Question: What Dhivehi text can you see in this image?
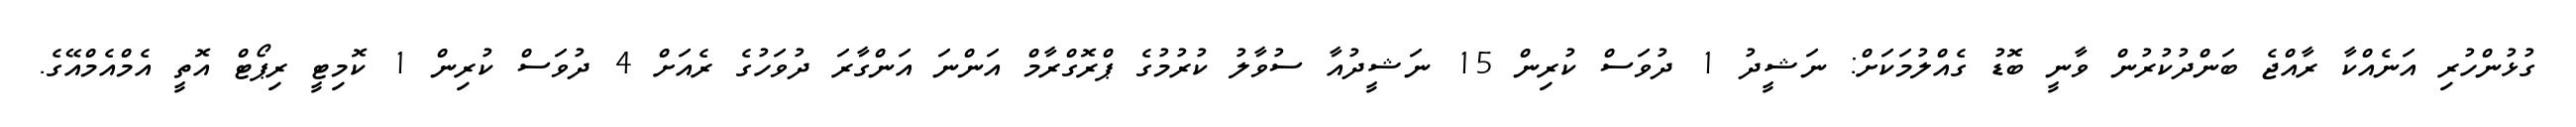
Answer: ގުޅުންހުރި އަނެއްކާ ރާއްޖެ ބަންދުކުރުން ވާނީ ބޮޑު ގެއްލުމަކަށް: ނަޝީދު 1 ދުވަސް ކުރިން 15 ނަޝީދުއާ ސުވާލު ކުރުމުގެ ޕްރޮގްރާމް އަންނަ އަންގާރަ ދުވަހުގެ ރެއަށް 4 ދުވަސް ކުރިން 1 ކޮމިޓީ ރިޕޯޓް އޮތީ އެމްއެމްއޭގެ.